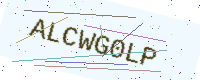
Text: ALCWG0LP